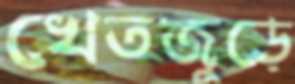
খেতজুড়ে